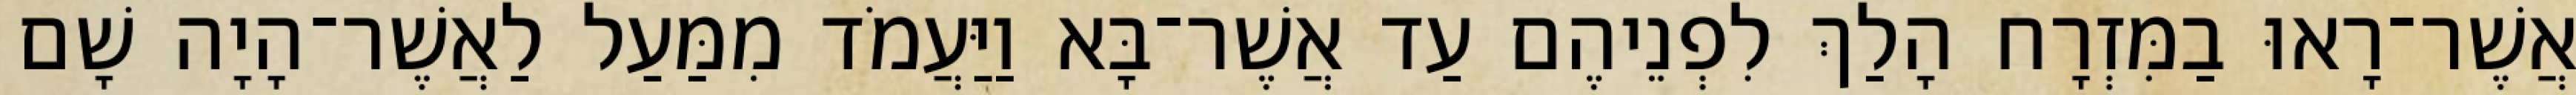
אֲשֶׁר־רָאוּ בַמִּזְרָח הָלַךְ לִפְנֵיהֶם עַד אֲשֶׁר־בָּא וַיַּעֲמֹד מִמַּעַל לַאֲשֶׁר־הָיָה שָׁם